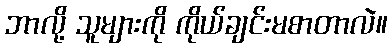
ဘာလို့ သူများကို ကိုယ်ချင်းမစာတာလဲ။